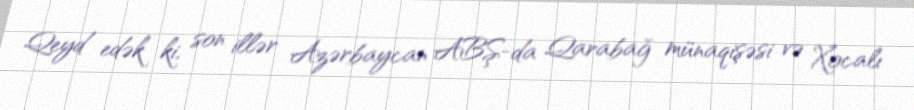
Qeyd edək ki, son illər Azərbaycan ABŞ-da Qarabağ münaqişəsi və Xocalı